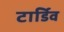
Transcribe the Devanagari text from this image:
टार्डिव